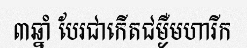
៣ឆ្នាំ បែរជាកើតជម្ងឺមហារីក